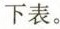
下表。